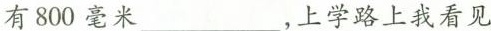
有800毫米___，上学路上我看见